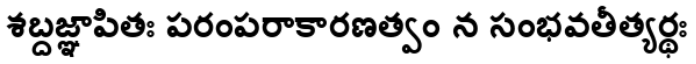
శబ్దజ్ఞాపితః పరంపరాకారణత్వం న సంభవతీత్యర్థః